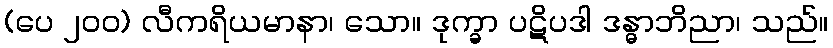
(ပေ ၂၀၀) လီကရိယမာနာ၊ သော။ ဒုက္ခာ ပဋိပဒါ ဒန္ဓာဘိညာ၊ သည်။